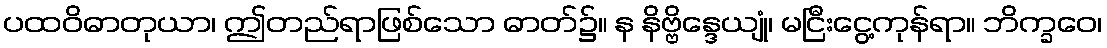
ပထဝိဓာတုယာ၊ ဤတည်ရာဖြစ်သော ဓာတ်၌။ န နိဗ္ဗိန္ဒေယျုံ၊ မငြီးငွေ့ကုန်ရာ။ ဘိက္ခဝေ၊